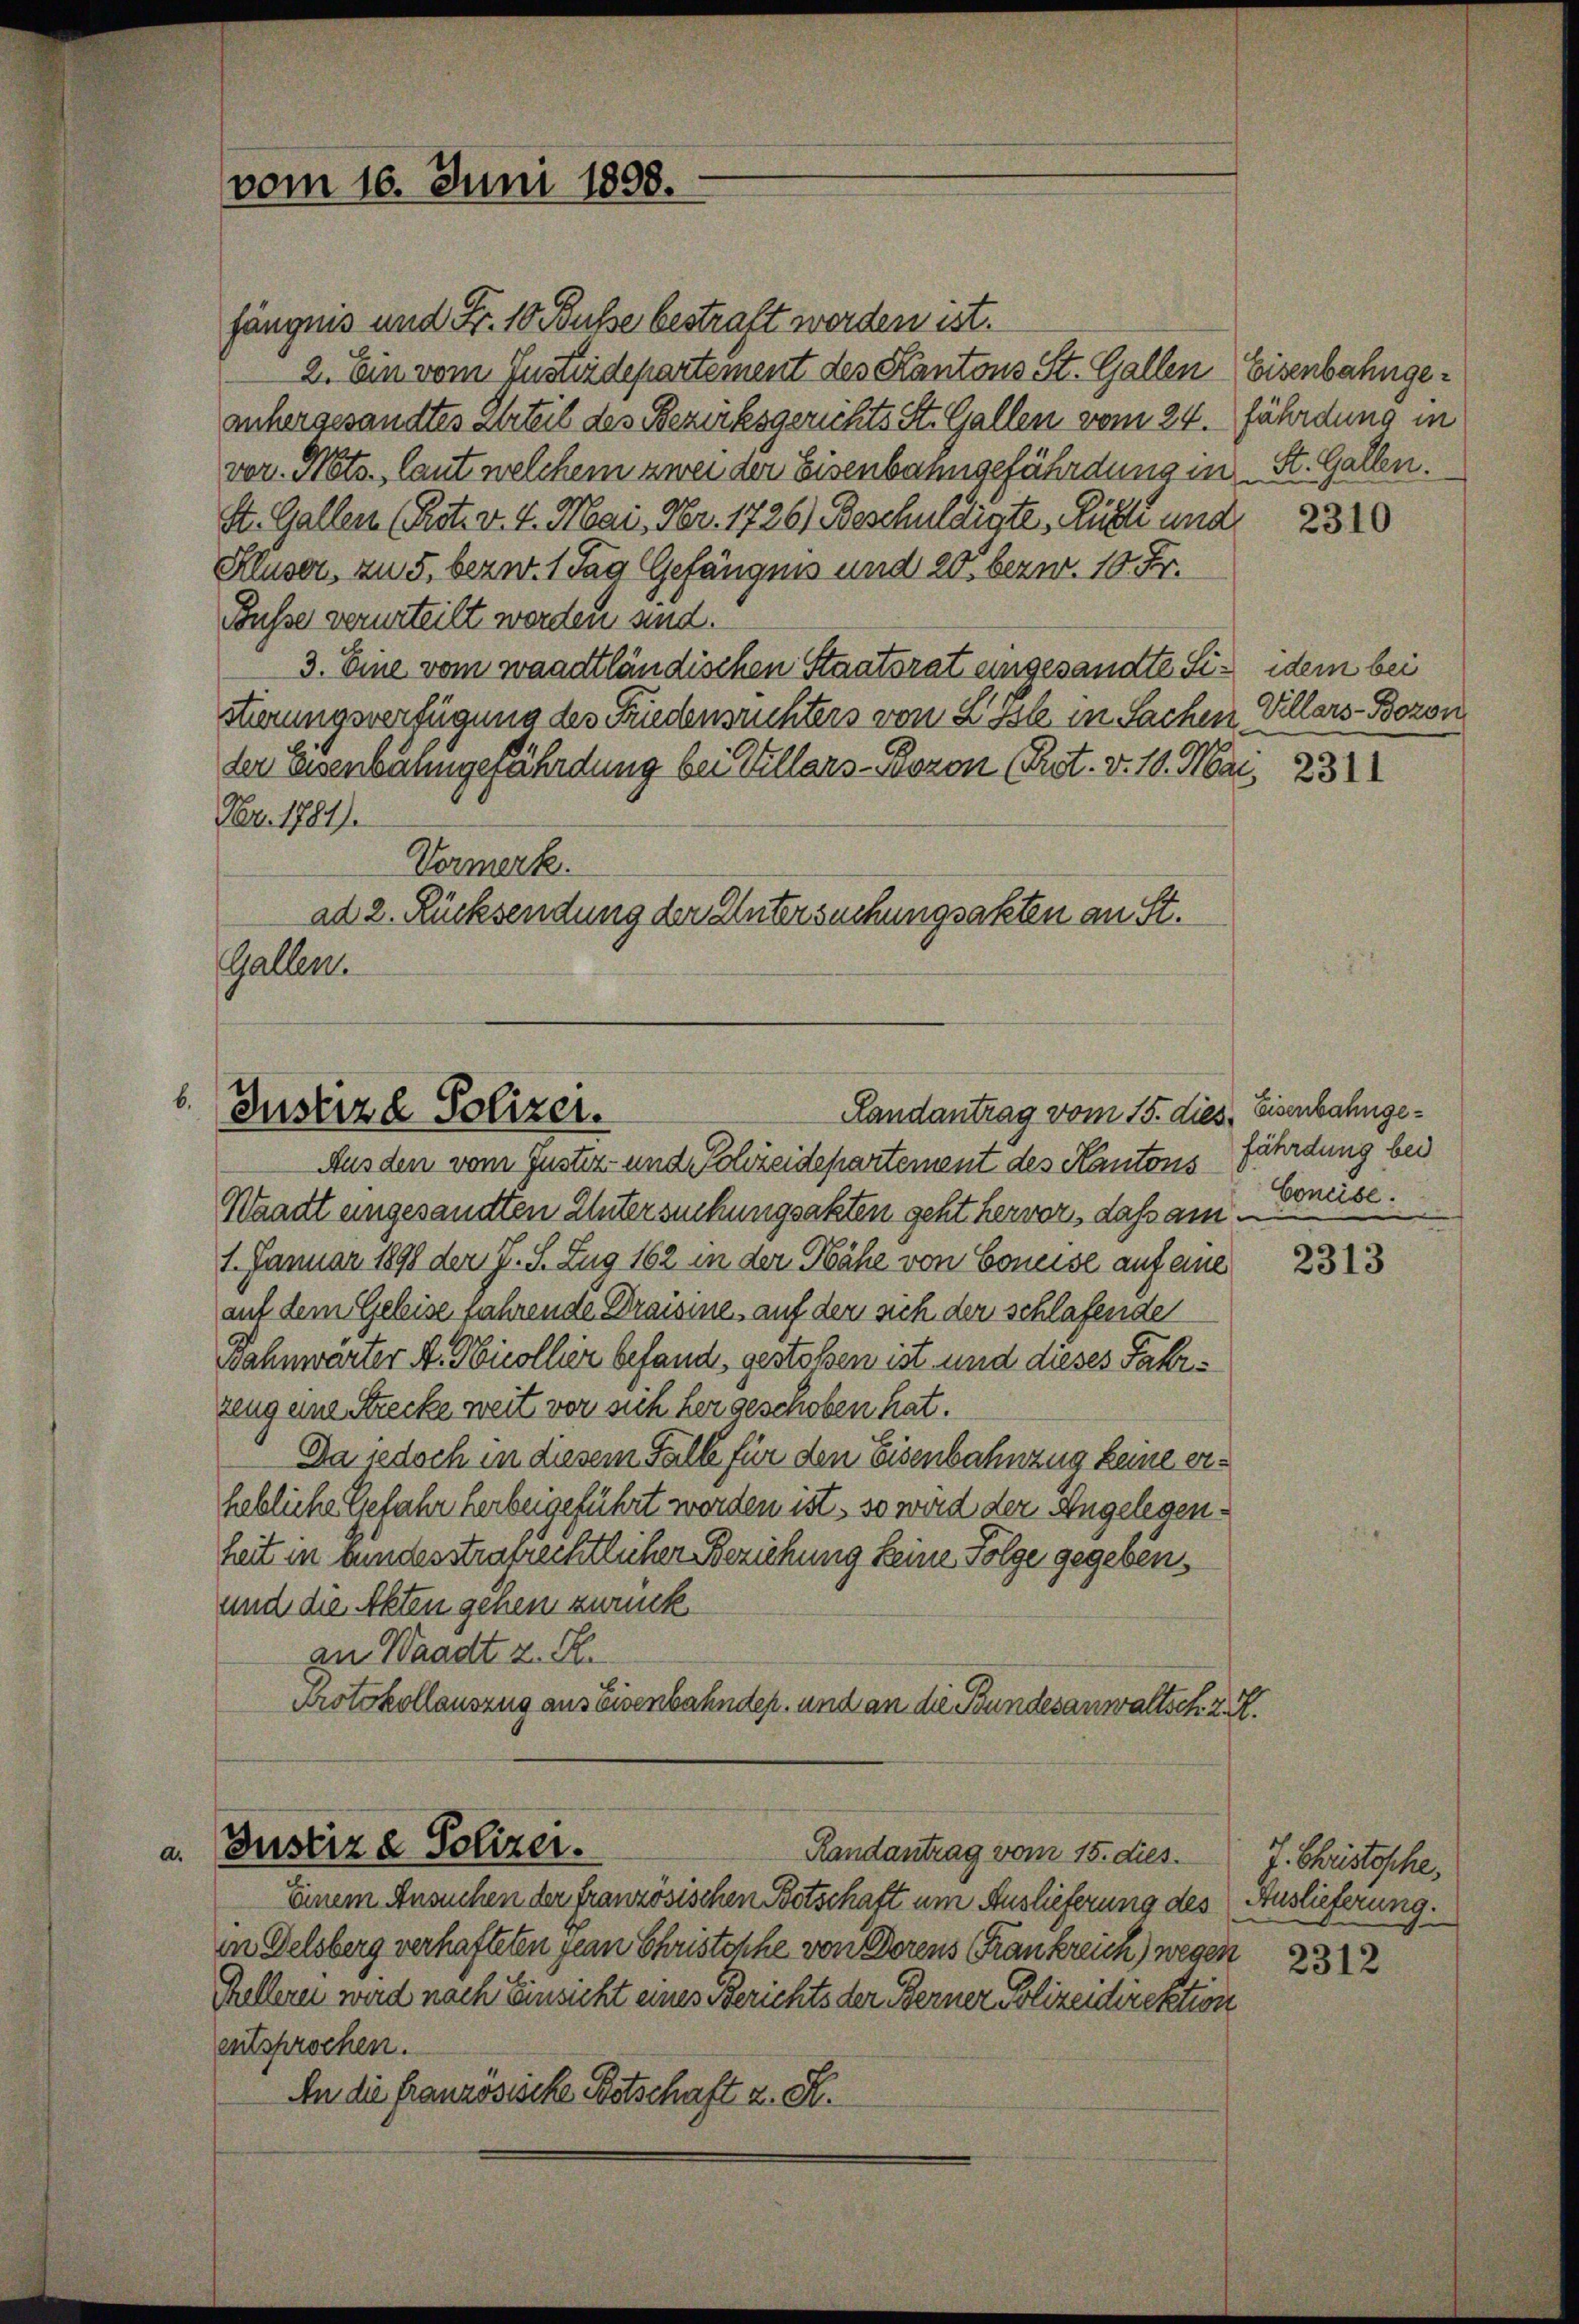
b.

d.

vom 16. Juni 1898.

fängnis und Fr. 10 Fuße bestraft werden ist.
2. Ein vom Justizdepartement des Kantons St. Gallen Eisenbahngeanhergesandtes Urteil des Bezirksgerichts St. Gallen vom 24. Jährdung in
vor. Nots., laut welchem zwei der Eisenbahngefährdung in St. Gallen.
St. Galler (Rot. v. 4. Mai, Fr. 1726) Beschuldigte Rücke und
Kluser, an 5. bezw. 1 Tag Gefängnis und 20. bezw. 10. Fr.
Busse verurteilt worden und
3. Eine vom waadtländischen Staatsrat eingesandte Sistierungsverfügung des Friedensrichters von L. Ist in Sachen
der Eisenbahngefährdung bei Villars-Boron (Rot. v. 10. Mai,
Nr. 1781.
Vormerk.
ad 2. Rücksendung der Untersuchungsakten an St.
Gallen.

Justiz & Polizei.
Landantrag vom 15. dies

Ausden vom Justiz- und Schreidepartement des Kantons
Waadt eingesandten Untersuchungsakten geht hervor, dass am
1. Januar 1898 der J. S. Zug 162 in der Nähe von Coneise auf eine
auf dem Geleise fahrende Draisine, auf den sich der schlafende
Fahnwärter A. Nicollier befand, gestoßen ist und dieses Fahrzeug eine Strecke weit vor sich hergeschoben hat.
Da jedoch in diesem Falle für den Eisenbahnzug keine erhebliche Gefahr herbeigeführt worden ist, so wird der Angelegenheit in bundesstrafrechtlicher Beziehung keine Folge gegeben,
und die Akten gehen zurück
an Waadt z. B.
Protokollauszug aus Eisenbahnden, und an die Bundesanwaltsch. 2. X.

Justiz & Polizei.
Randantrag vom 15. dies

Einem Ansuchen der französischen Botschaft um Auslieferung des Auslieferung.
in Delsberg verhafteten gean Christehe von Dorens (Frankreich) wegen
Kellerei wird nach Einsicht eines Berichts der Berner Polizeidirektion
entsprochen.
An die Französische Botschaft z. K.

2310

idem bei
Villars-Bozon

2311

Eisenbahngefährdung bei
Coneise.

2313

7. Christische,

2312